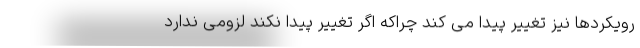
رویکردها نیز تغییر پیدا می کند چراکه اگر تغییر پیدا نکند لزومی ندارد